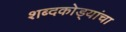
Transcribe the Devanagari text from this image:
शब्दकोड्यांचा